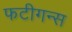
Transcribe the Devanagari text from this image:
फटीगन्स